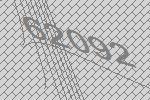
62092